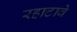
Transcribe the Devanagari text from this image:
रहाटावे